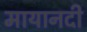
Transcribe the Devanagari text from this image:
मायानदी